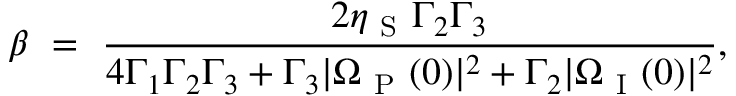
\beta ~ = ~ \frac { { 2 \eta _ { \mathrm { ~ S ~ } } \Gamma _ { 2 } \Gamma _ { 3 } } } { { 4 \Gamma _ { 1 } \Gamma _ { 2 } \Gamma _ { 3 } + \Gamma _ { 3 } | \Omega _ { \mathrm { ~ P ~ } } ( 0 ) | ^ { 2 } + \Gamma _ { 2 } | \Omega _ { \mathrm { ~ I ~ } } ( 0 ) | ^ { 2 } } } ,